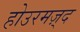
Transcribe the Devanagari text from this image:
होउरमज़्द